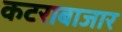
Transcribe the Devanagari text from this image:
कटराबाजार